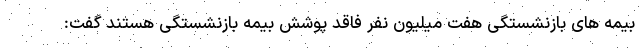
بیمه های بازنشستگی هفت میلیون نفر فاقد پوشش بیمه بازنشستگی هستند گفت: